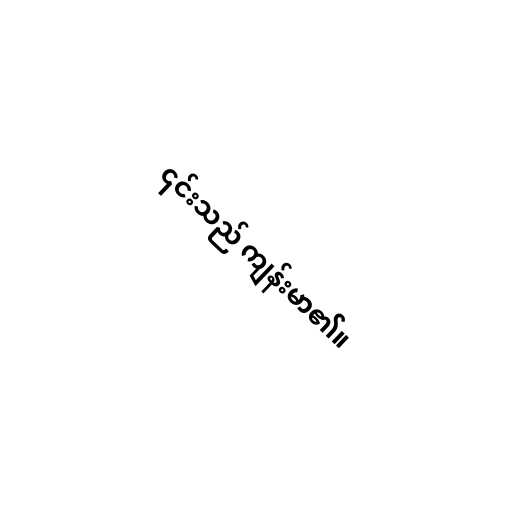
၎င်းသည် ကျန်းမာ၏။